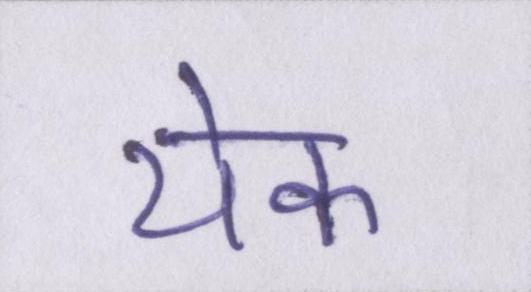
येक